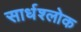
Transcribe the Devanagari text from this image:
सार्धश्लोक